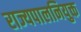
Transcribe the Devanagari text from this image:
राज्यपालनियुक्त